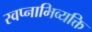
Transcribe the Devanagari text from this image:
स्वप्नाभिव्यक्ति